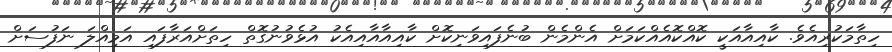
ހިތާމަކުރިއެވެ. ކާއިއާއަކީ ކޮއްކޮއެއްކަމަށް އެންމެން ބުނެފައިވަނިކޮށް ކާއިއާއާއިއެކު އުޅެވުނުގޮތް ހިތަށްއަރާފައި އަމިއްލަ ނަފުސަށް